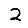
Digit: 2